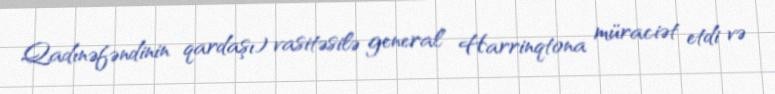
Qadınəfəndinin qardaşı) vasitəsilə general Harrinqtona müraciət etdi və